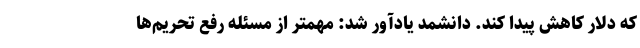
که دلار کاهش پیدا کند. دانشمد یادآور شد: مهمتر از مسئله رفع تحریم‌ها